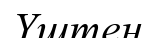
Үштен